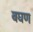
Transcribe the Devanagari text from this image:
बघण